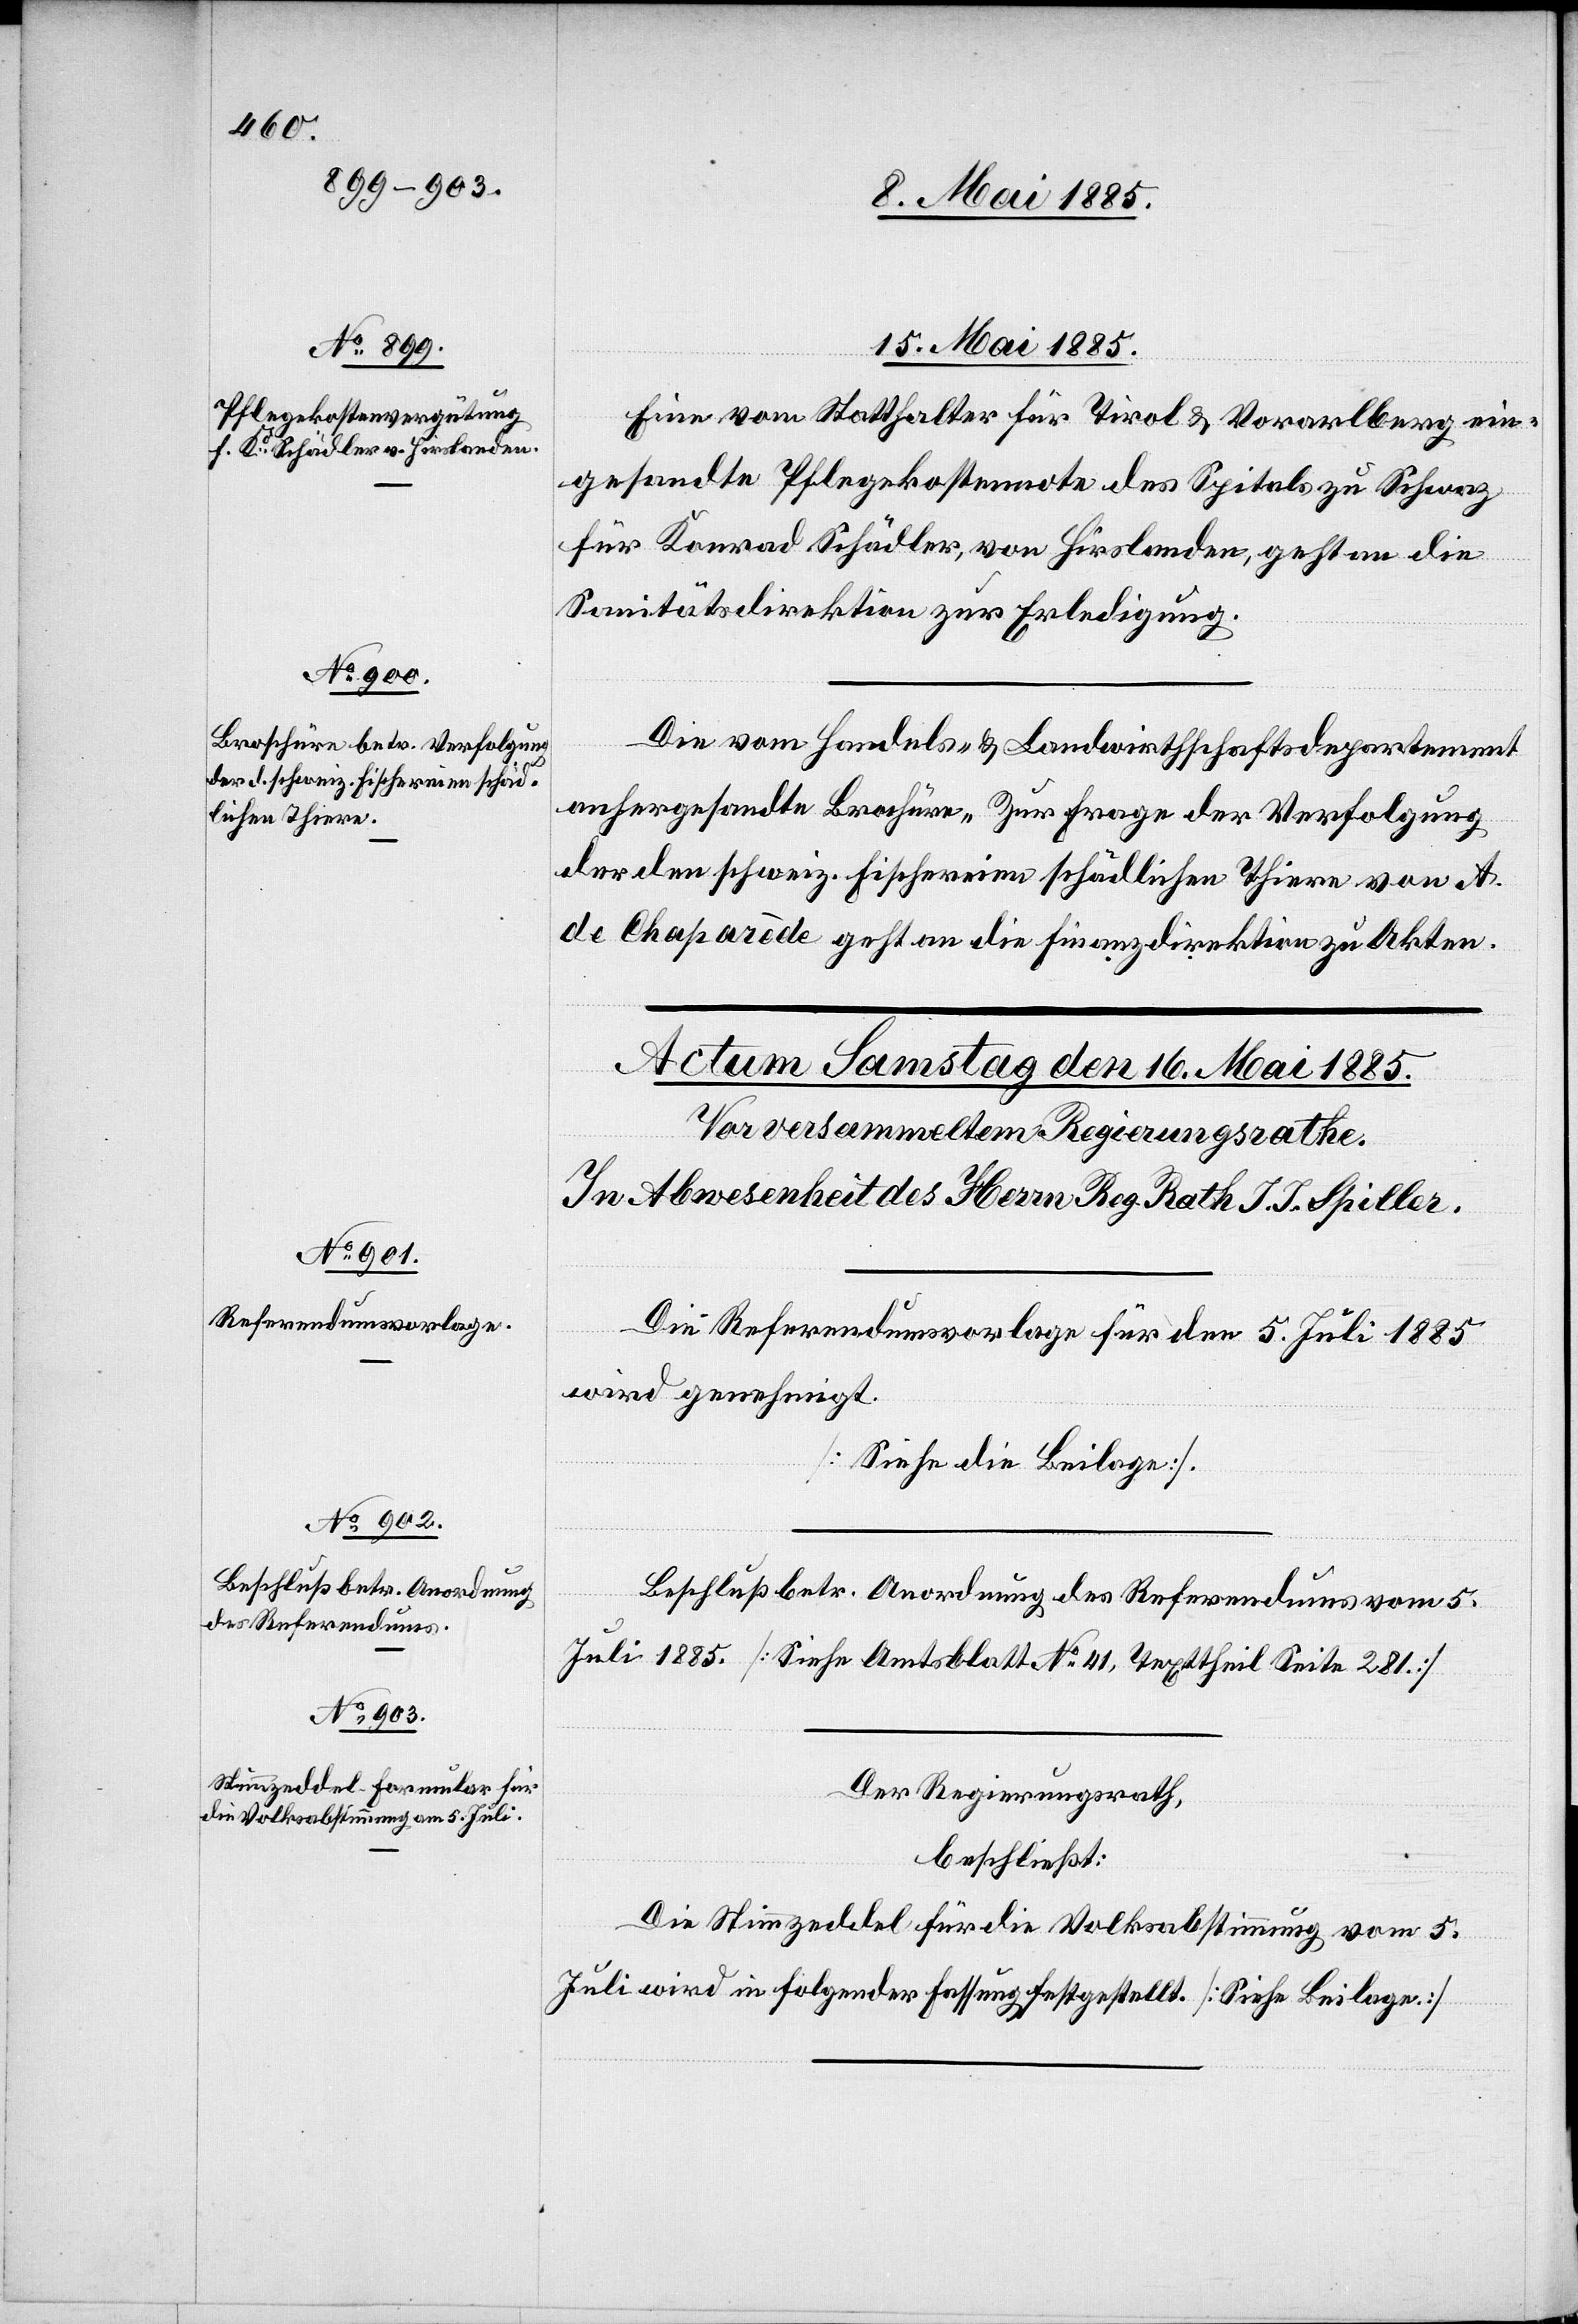
15. Mai 1885.]
Eine vom Statthalter für Tirol & Vorarlberg ein¬
gesandte Pflegekostennota des Spitals zu Schwaz
für Konrad Schädler, von Hirslanden, geht an die
Sanitätsdirektion zur Erledigung.
Die vom Handels- & Landwirthschaftsdepartement
anhergesandte Broschüre „Zur Frage der Verfolgung
der den schweiz. Fischereien schädlichen Thiere“ von A.
de Chaparôde geht an die Finanzdirektion zu Akten.
Die Referendumsvorlage für den 5. Juli 1885
wird genehmigt.
[Siehe die Beilage].
Beschluß betr. Anordnung des Referendums vom 5.
Juli 1885 [Siehe Amtsblatt No 41, Texttheil Seite 281].
Der Regierungsrath,
beschließt:
Die Stimmzeddel für die Volksabstimmung vom 5.
Juli wird in folgender Fassung festgestellt. [Siehe Beilage.]